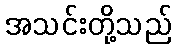
အသင်းတို့သည်